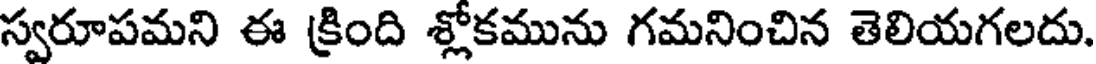
స్వరూపమని ఈ క్రింది శ్లోకమును గమనించిన తెలియగలదు.